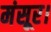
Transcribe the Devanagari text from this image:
मंसूर।